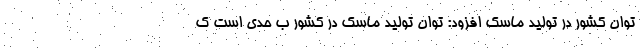
توان کشور در تولید ماسک افزود: توان تولید ماسک در کشور ب حدی است ک